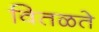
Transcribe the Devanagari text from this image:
वितळते